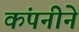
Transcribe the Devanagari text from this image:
कंपनीने